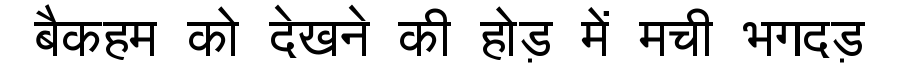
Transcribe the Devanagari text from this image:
बैकहम को देखने की होड़ में मची भगदड़